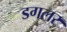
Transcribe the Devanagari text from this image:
डगलर